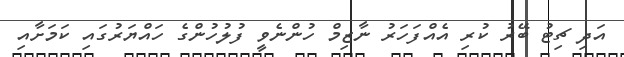
އަދި ޗިޓު ބޭރު ކުރި އެއްފަހަރު ނާޒިމް ހުންނެވީ ފުލުހުންގެ ހައްޔަރުގައި ކަމަށާއި